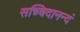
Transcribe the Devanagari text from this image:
सच्चिदानन्दं